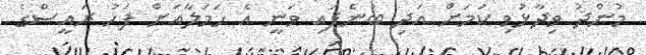
މުންދު ވިދާޅުވި ކަމަށް އަދި ބުނެފައި ވަނީ އެ ހަމަލާއަށް ފަހު ރައީސްގެ